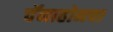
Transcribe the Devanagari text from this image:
चॅनाहोनचा